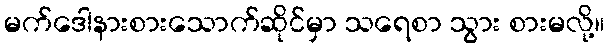
မက်ဒေါနားစားသောက်ဆိုင်မှာ သရေစာ သွား စားမလို့။